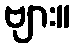
ဗျား။